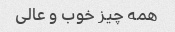
همه چیز خوب و عالی